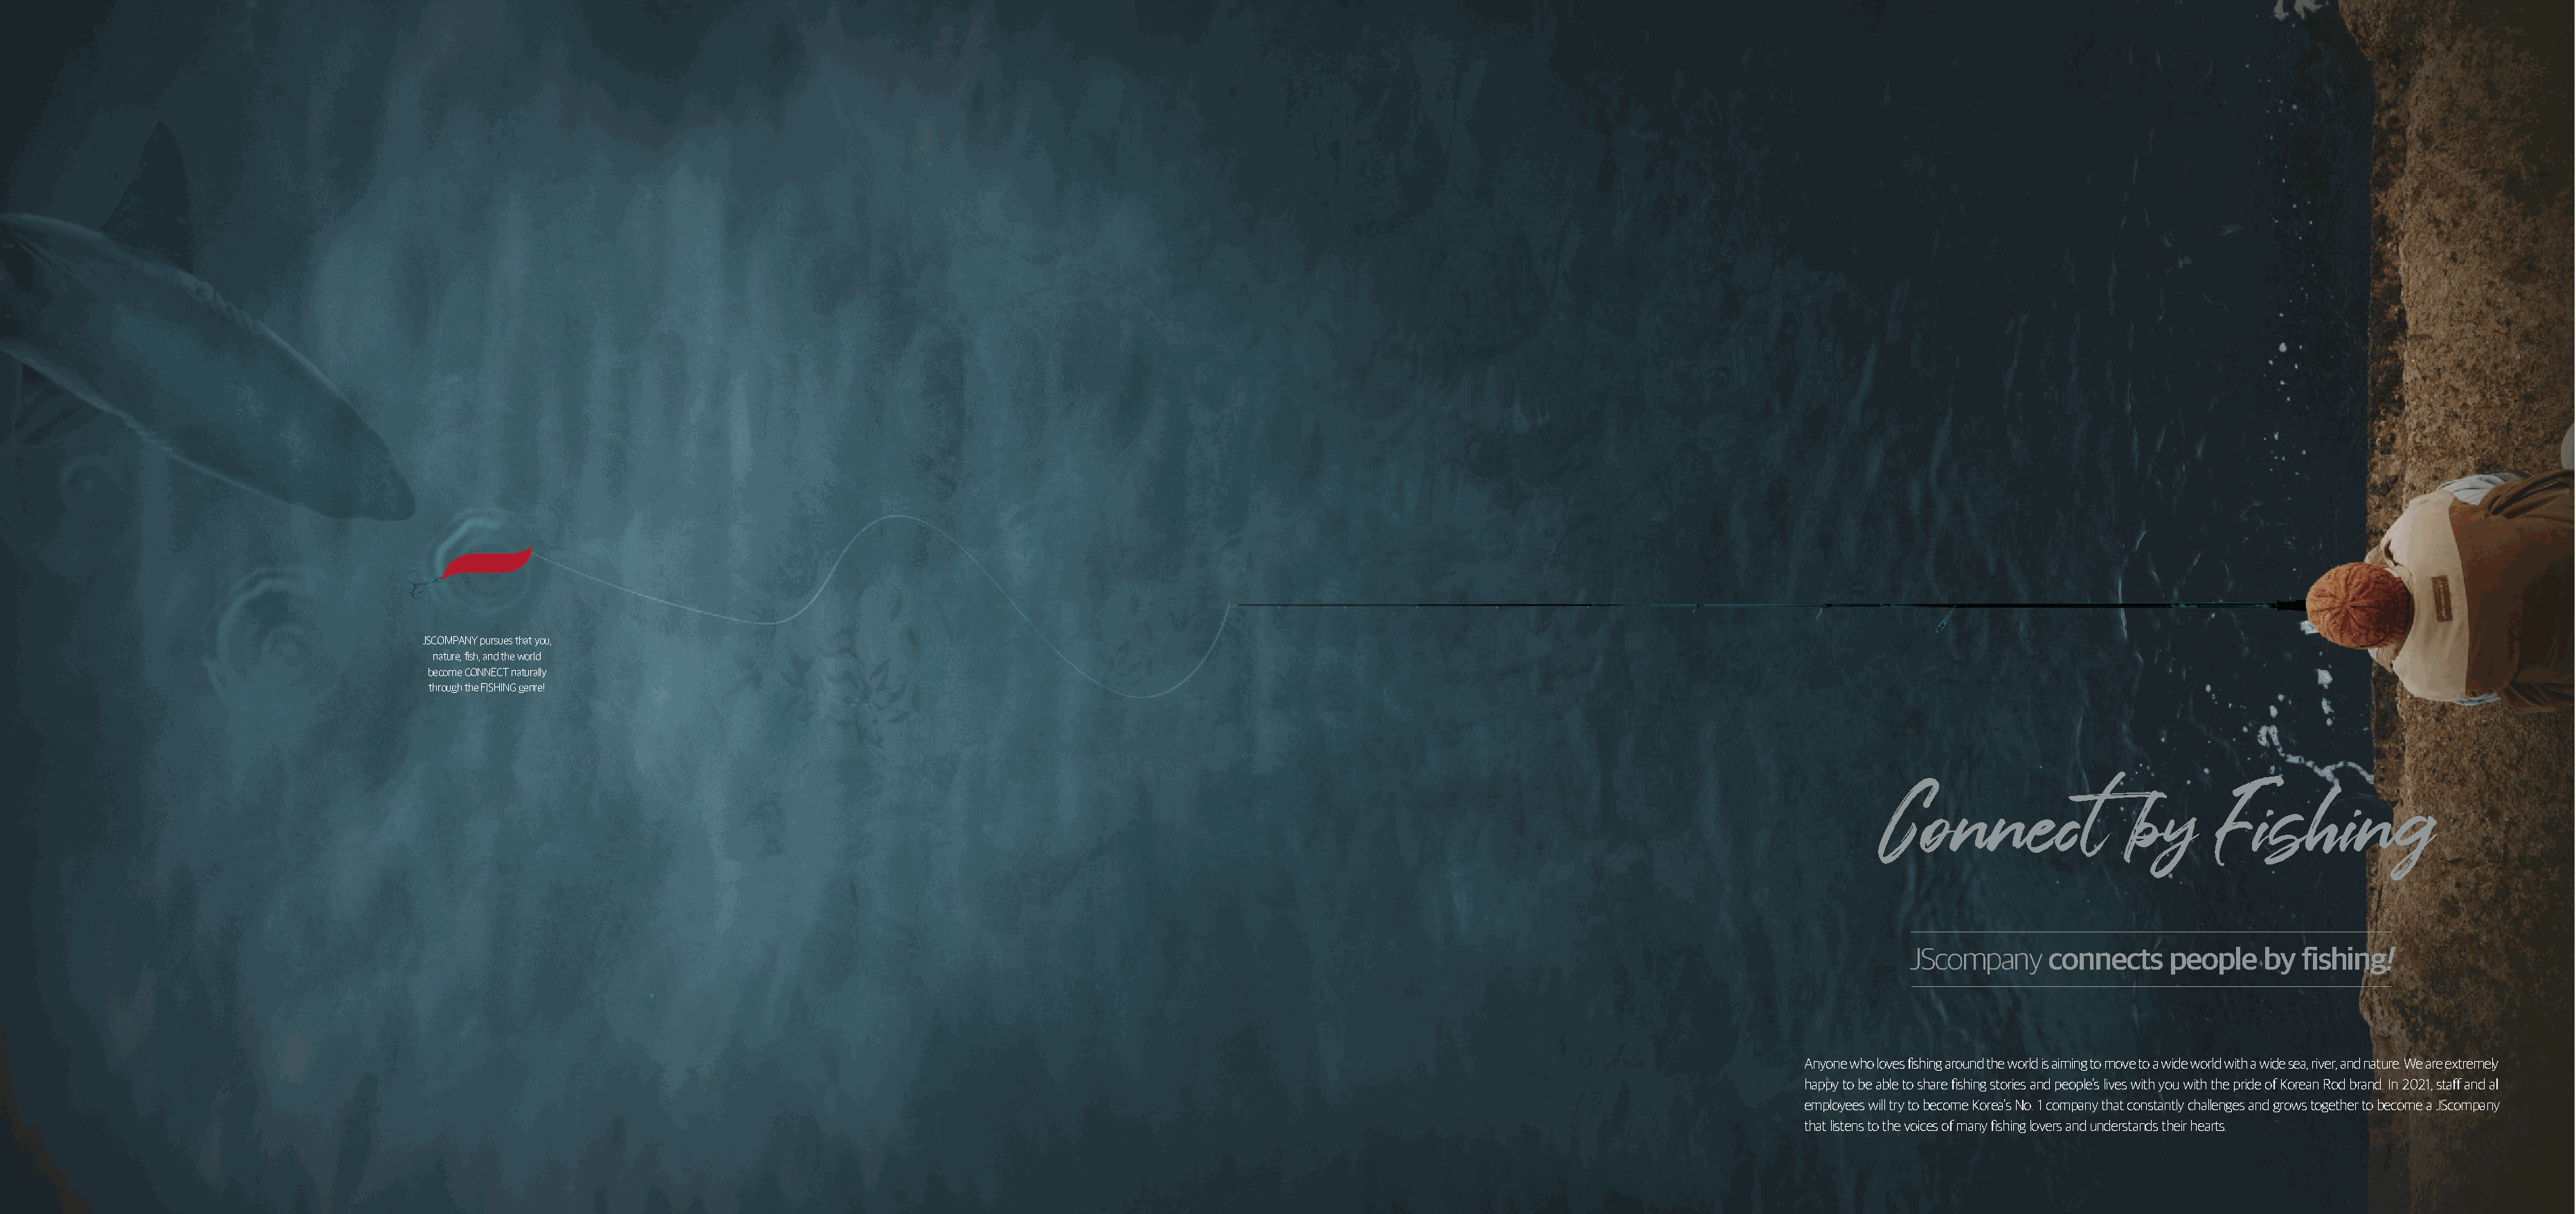
JSCOMPANY pursues that you,
 nature, fish, and the world
 become CONNECT naturally
 through the FISHING genre!
 Connect                 by      Fishing
 JScompany    connects   people   by  fishing!
 Anyone who loves fishing around the world is aiming to move to a wide world with a wide sea, river, and nature. We are extremely
 happy to be able to share fishing stories and people's lives with you with the pride of Korean Rod brand. In 2021, staff and all
 employees will try to become Korea's No. 1 company that constantly challenges and grows together to become a JScompany
 that listens to the voices of many fishing lovers and understands their hearts.